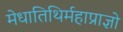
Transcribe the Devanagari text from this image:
मेधातिथिर्महाप्राज्ञो